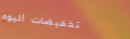
تخفيضات اليوم